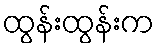
ထွန်းထွန်းက